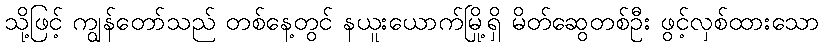
သို့ဖြင့် ကျွန်တော်သည် တစ်နေ့တွင် နယူးယောက်မြို့ရှိ မိတ်ဆွေတစ်ဦး ဖွင့်လှစ်ထားသော